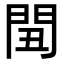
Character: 𨳞